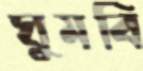
ঘুমবি